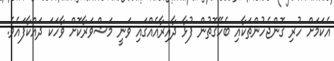
އެކަމަށް ހުރި ގޮންޖެހުންތަކާއި ބެހޭގޮތުން ފުޅާ ދާއިރާއެއްގައި ވަނީ މަޝްވަރާކޮށް ވާހަކަ ދައްކާފައެވެ.